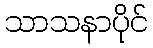
သာသနာပိုင်